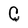
Character: C